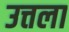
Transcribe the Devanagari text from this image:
उत्तला